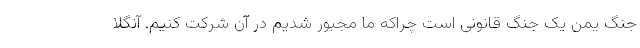
جنگ یمن یک جنگ قانونی است چراکه ما مجبور شدیم در آن شرکت کنیم. آنگلا